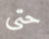
حتى